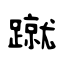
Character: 蹴